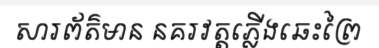
សារព័ត៌មាន នគរវត្តភ្លើងឆេះព្រៃ